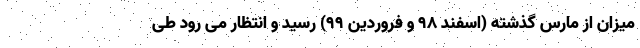
میزان از مارس گذشته (اسفند 98 و فروردین 99) رسید و انتظار می رود طی